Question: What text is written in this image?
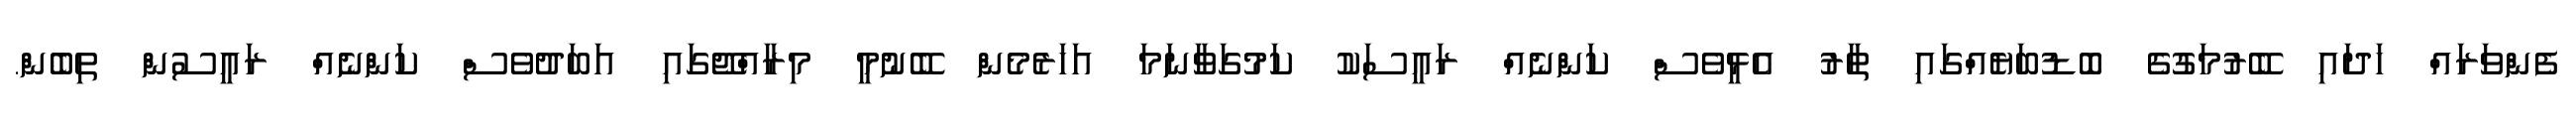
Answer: ފެންވަރައް ހަދައި ބޭރުމަގުގެ ބޮޑުބަޔެއްގައި ތާރު އެޅީވެސް ކަންނެއް ރައީސަކު ކަމުގަވާނަމަ އަހަރެމެން ބޭނުމީ މިރާއްޖޭގައި އަބަދުވެސް ކަންނެއް ރައީސުން ތިބެން.